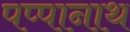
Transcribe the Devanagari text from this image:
पप्पानाथ